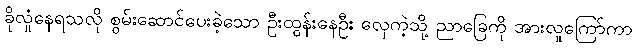
ခိုလှုံနေရသလို စွမ်းဆောင်ပေးခဲ့သော ဦးထွန်းနေဦး လှေကဲ့သို့ ညာခြေကို အားလူကြော်ကာ